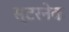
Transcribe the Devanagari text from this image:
स्टरनेक